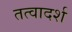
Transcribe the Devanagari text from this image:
तत्वादर्श